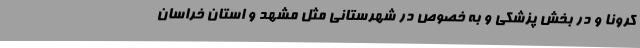
کرونا و در بخش پزشکی و به خصوص در شهرستانی مثل مشهد و استان خراسان